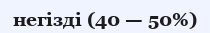
негізді (40 — 50%)